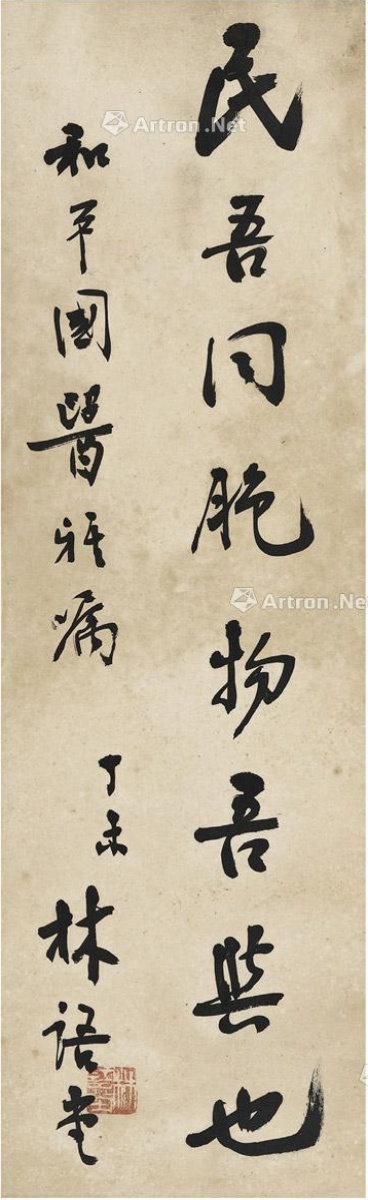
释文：民吾同胞，物吾与也。和平国医雅嘱，丁未，林语堂。